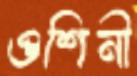
ওশিনী